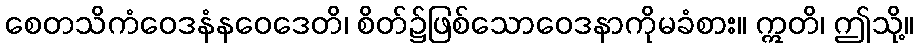
စေတသိကံဝေဒနံနဝေဒေတိ၊ စိတ်၌ဖြစ်သောဝေဒနာကိုမခံစား။ ဣတိ၊ ဤသို့။